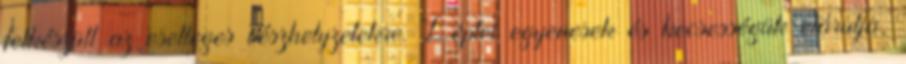
felkészült az esetleges vészhelyzetekre. Léptei egyenesek és kecsességük elárulja,